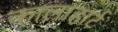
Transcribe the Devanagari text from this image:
कालाहार्ट